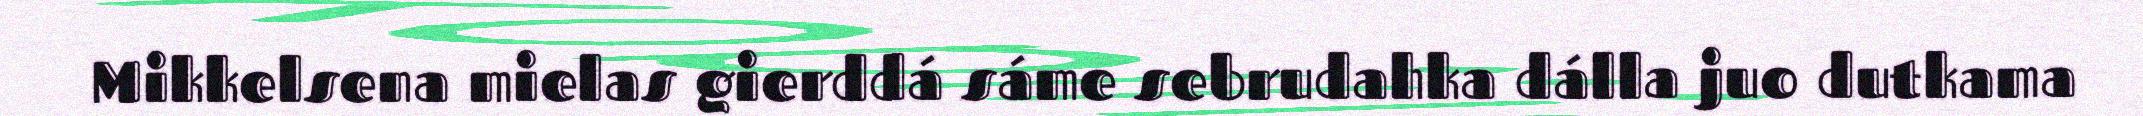
Mikkelsena mielas gierddá sáme sebrudahka dálla juo dutkama